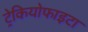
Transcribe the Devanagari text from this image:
ट्रेकियोफाइटा